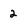
Character: 2